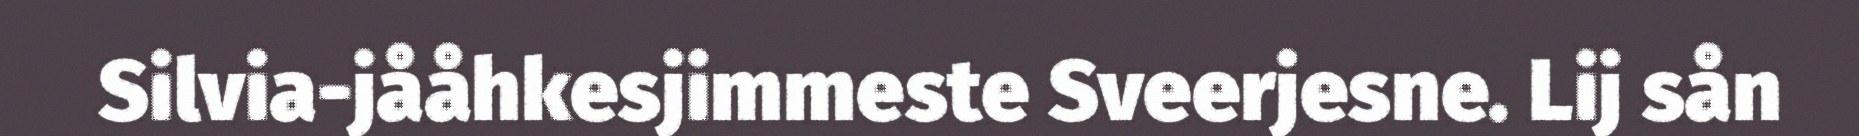
Silvia-jååhkesjimmeste Sveerjesne. Lij sån